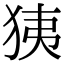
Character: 㹫